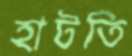
হাটতি